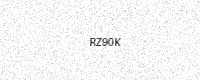
Text: RZ90K